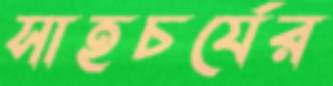
সাহচর্যের